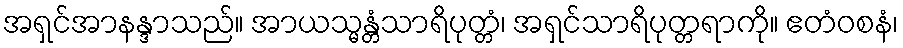
အရှင်အာနန္ဒာသည်။ အာယသ္မန္တံသာရိပုတ္တံ၊ အရှင်သာရိပုတ္တရာကို။ ဧတံဝစနံ၊